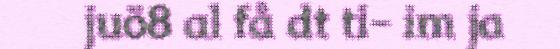
juö8 al få dt ti- im ja